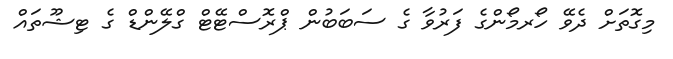
މިގޮތަށް ދެވޭ ހޯރމޯންގެ ފަރުވާ ގެ ސަބަބުން ޕްރޮސްޓޭޓް ގްލޭންޑް ގެ ޓިޝޫތައް